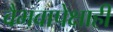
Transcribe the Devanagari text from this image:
वैभवापेक्षाही